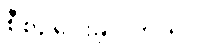
စီစဉ်ပေးခဲ့ပါတယ်။